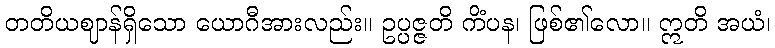
တတိယဈာန်ရှိသော ယောဂီအားလည်း။ ဥပ္ပဇ္ဇတိ ကိံပန၊ ဖြစ်၏လော။ ဣတိ အယံ၊